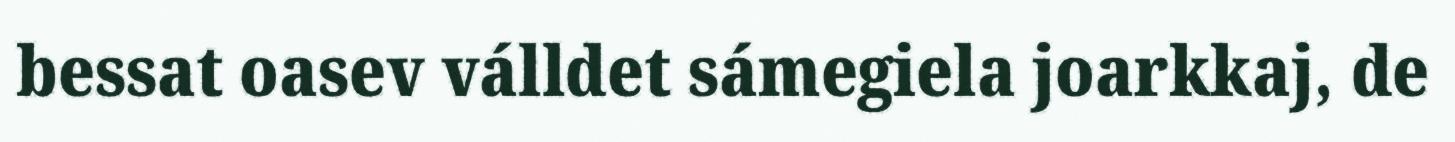
bessat oasev válldet sámegiela joarkkaj, de